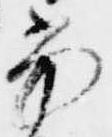
当